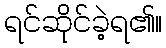
ရင်ဆိုင်ခဲ့ရ၏။